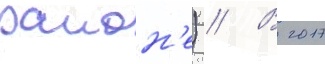
раион'е) // В 2017